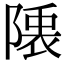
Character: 𮥙